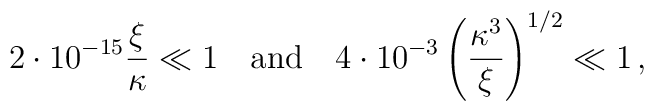
2 \cdot 10^{-15} \frac{\xi}{\kappa} \ll 1 \quad \mbox{and} \quad  4 \cdot 10^{-3} \left( \frac{\kappa^3}{\xi} \right)^{1/2} \ll 1\, ,